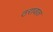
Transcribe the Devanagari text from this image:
ठरावात